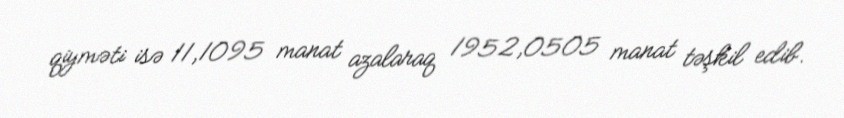
qiyməti isə 11,1095 manat azalaraq 1952,0505 manat təşkil edib.